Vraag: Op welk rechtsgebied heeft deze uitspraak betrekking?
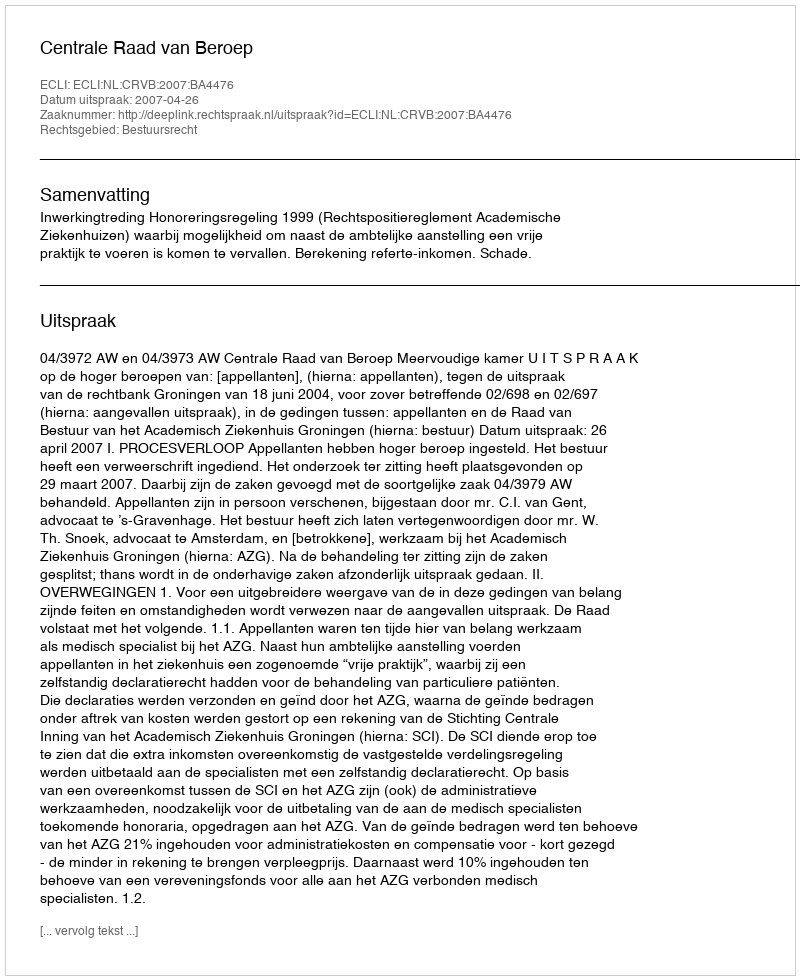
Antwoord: Bestuursrecht